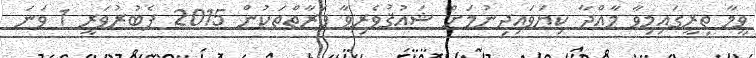
ވީމާ ތިރީގައިމިވާ މާއްދާ ކިޔަވައިދިނުމަށް ޝައުޤުވެރިވާ ފަރާތްތަކުން 2015 ފެބުރުވަރީ 1 ވަނަ